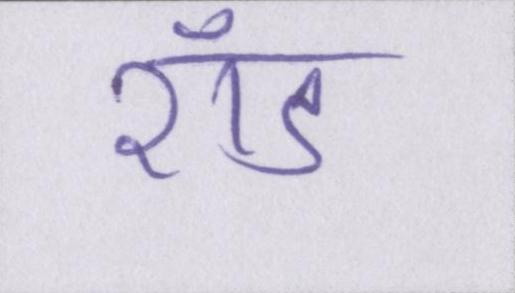
रॉड